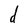
Character: d